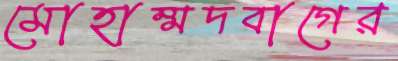
মোহাম্মদবাগের